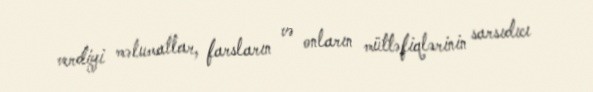
verdiyi məlumatlar, farsların və onların müttəfiqlərinin sarsıdıcı